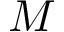
M